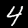
Digit: 4